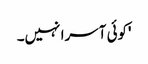
'کوئی آسرا نہیں۔